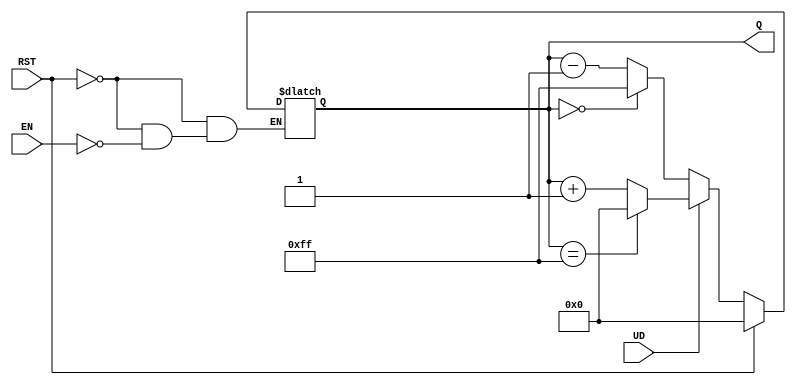
module UpDownAsyncCounter (
    input wire UD,        // Up/Down control
    input wire EN,        // Enable control
    input wire RST,       // Asynchronous Reset
    output reg [7:0] Q    // 8-bit Count output
);

// Asynchronous Reset and Counting Logic
always @* begin
    if (RST) begin
        Q = 8'b0; // Reset the counter to zero
    end else if (EN) begin
        if (UD) begin
            // Count up
            if (Q == 8'b11111111) begin
                Q = 8'b0; // Wrap around to zero
            end else begin
                Q = Q + 1; // Increment the counter
            end
        end else begin
            // Count down
            if (Q == 8'b0) begin
                Q = 8'b11111111; // Wrap around to maximum value
            end else begin
                Q = Q - 1; // Decrement the counter
            end
        end
    end
end

endmodule